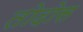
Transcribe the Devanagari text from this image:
तोदोस